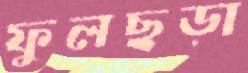
ফুলছড়া